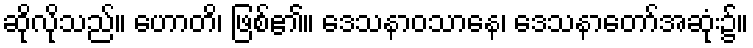
ဆိုလိုသည်။ ဟောတိ၊ ဖြစ်၏။ ဒေသနာဝသာနေ၊ ဒေသနာတော်အဆုံး၌။